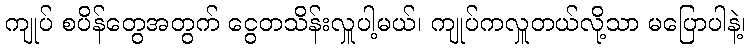
ကျုပ် စပိန်တွေအတွက် ငွေတသိန်းလှူပါ့မယ်၊ ကျုပ်ကလှူတယ်လို့သာ မပြောပါနဲ့၊